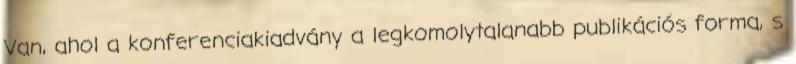
Van, ahol a konferenciakiadvány a legkomolytalanabb publikációs forma, s